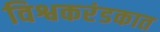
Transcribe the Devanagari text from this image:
विश्वकरंडकात